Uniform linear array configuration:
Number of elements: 12
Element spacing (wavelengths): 1
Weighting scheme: hann
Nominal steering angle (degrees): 45
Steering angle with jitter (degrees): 46.937
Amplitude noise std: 0.05
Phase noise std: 0.05

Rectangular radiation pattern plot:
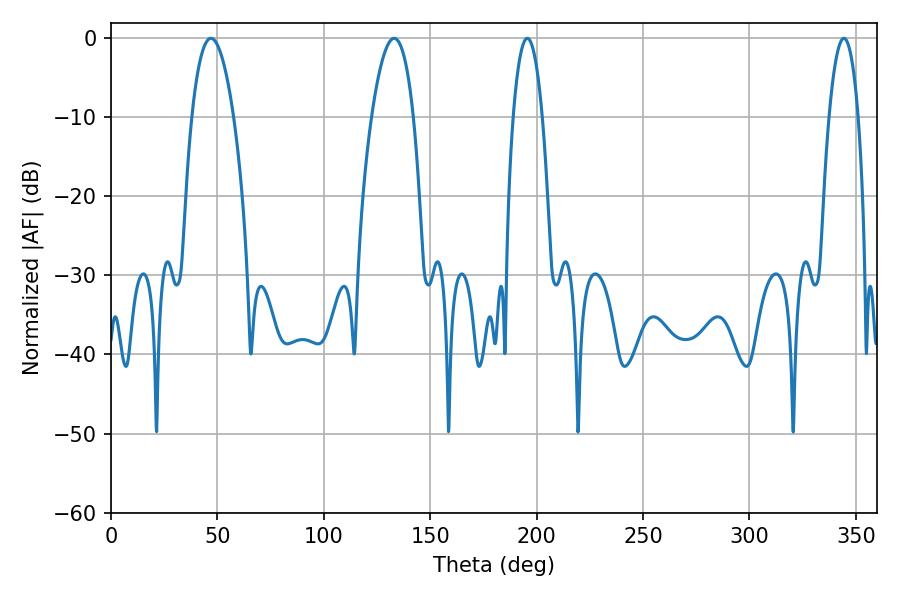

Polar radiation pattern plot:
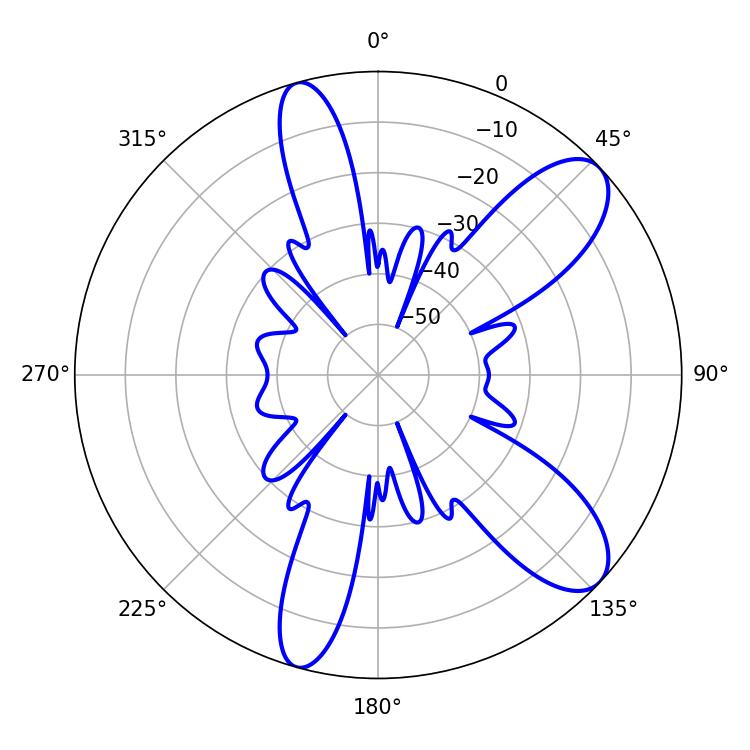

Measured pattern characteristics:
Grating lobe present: TRUE
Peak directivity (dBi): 9.568
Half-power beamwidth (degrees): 10.98
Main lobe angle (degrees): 133.02